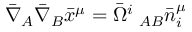
\bar { \nabla } _ { A } \bar { \nabla } _ { B } \bar { x } ^ { \mu } = \bar { \Omega } ^ { i } \; _ { A B } \bar { n } _ { i } ^ { \mu }